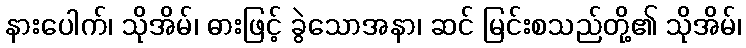
နားပေါက်၊ သိုအိမ်၊ ဓားဖြင့် ခွဲသောအနာ၊ ဆင် မြင်းစသည်တို့၏ သိုအိမ်၊